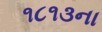
૧૮૧૩ના